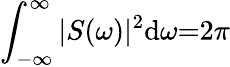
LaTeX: \int_{-\infty}^{\infty}|S(\omega)|^{2}\mathrm{d}\omega{=}2\pi